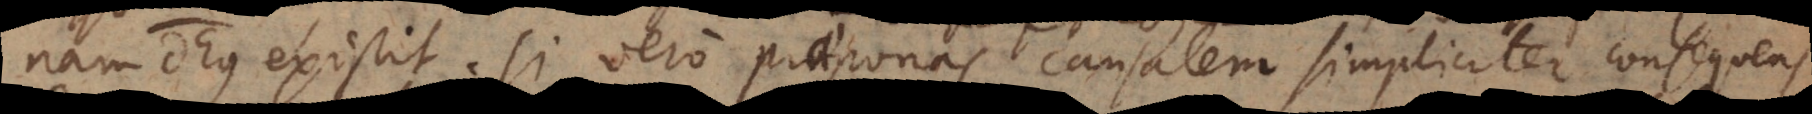
nam Deus existit. Si vero praeponas causalem simpliciter, consequens